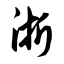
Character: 浙